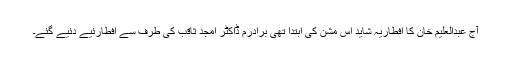
آج عبدالعلیم خان کا افطاریہ شاید اس مشن کی ابتدا تھی برادرم ڈاکٹر امجد ثاقب کی طرف سے افطارئیے دئیے گئے۔